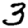
Digit: 3